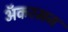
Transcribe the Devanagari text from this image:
अॅकरमन